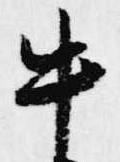
牛